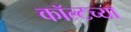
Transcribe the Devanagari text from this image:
कॉल्टच्या